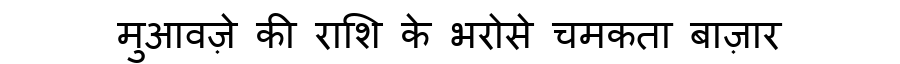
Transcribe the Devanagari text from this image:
मुआवज़े की राशि के भरोसे चमकता बाज़ार